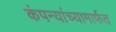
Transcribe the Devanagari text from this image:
कंपन्यांच्यामार्फत